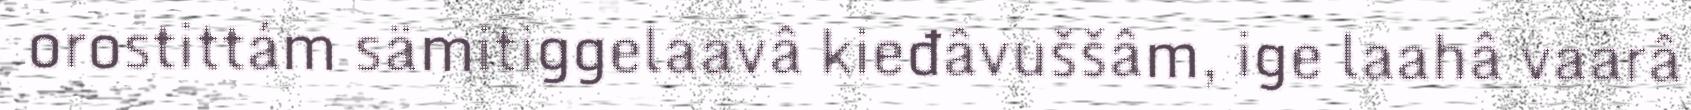
orostittám sämitiggelaavâ kieđâvuššâm, ige laahâ vaarâ